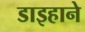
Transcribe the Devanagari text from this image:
डाइहाने